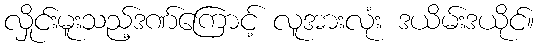
လှိုင်းမူးသည့်ဒဏ်ကြောင့် လူအားလုံး ဒယိမ်းဒယိုင်။